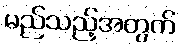
မည်သည့်အတွက်